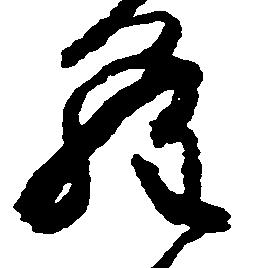
ら